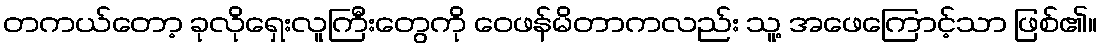
တကယ်တော့ ခုလိုရှေးလူကြီးတွေကို ဝေဖန်မိတာကလည်း သူ့ အဖေကြောင့်သာ ဖြစ်၏။